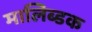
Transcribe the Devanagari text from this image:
मालिब्डक